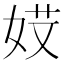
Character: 𡝄